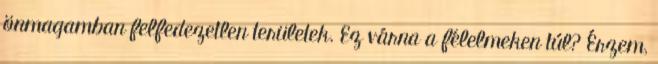
önmagamban felfedezetlen területek. Ez várna a félelmeken túl? Érzem,